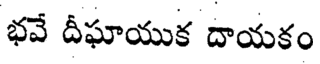
భవే దీఘాయుక దాయకం